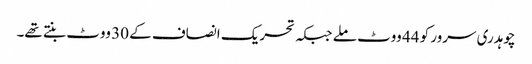
چوہدری سرور کو 44 ووٹ ملے جبکہ تحریک انصاف کے 30 ووٹ بنتے تھے۔